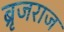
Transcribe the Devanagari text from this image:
ब्रृजराज